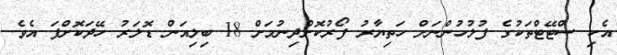
އެކި ސްޓޭޓްތަކުގެ ފުލުހުންނަށް ހަތިޔާރު ފޯރުކޮށްދިނުމަށް 18 ބިލިއަން ޑޮލަރު ހޭދަކޮށްފަ އެވެ.